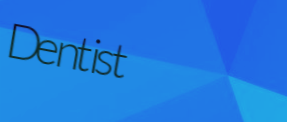
Dentist